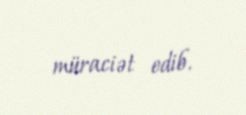
müraciət edib.